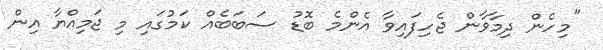
"މިހެން ދިމާވާން ޖެހިފައިވާ އެންމެ ބޮޑު ސަބަބެއް ކަމުގައި މި ޖަމިއްޔާ އިން